Scottish Leaving Certificate Examination, 1956
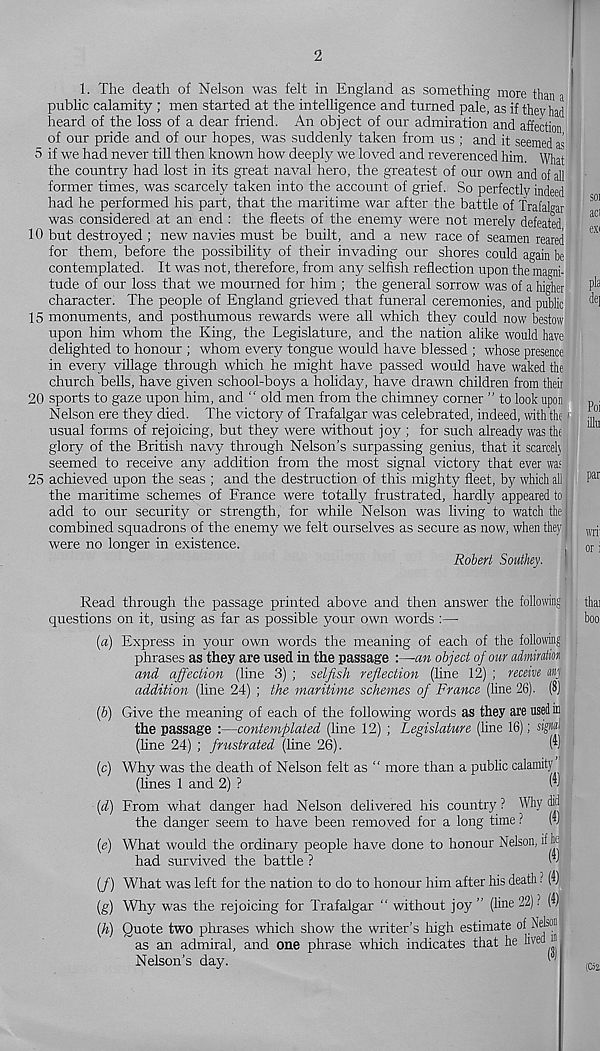
2
1. The death of Nelson was felt in England as something more than a
public calamity ; men started at the intelligence and turned pale, as if they had
heard of the loss of a dear friend. An object of our admiration and affection
of our pride and of our hopes, was suddenly taken from us ; and it seemed as
5 if we had never till then known how deeply we loved and reverenced him. What
the country had lost in its great naval hero, the greatest of our own and of all
former times, was scarcely taken into the account of grief. So perfectly indeed
had he performed his part, that the maritime war after the battle of Trafalgar
was considered at an end : the fleets of the enemy were not merely defeated
10 but destroyed ; new navies must be built, and a new race of seamen reared
for them, before the possibility of their invading our shores could again be
contemplated. It was not, therefore, from any selfish reflection upon the magni-
tude of our loss that we mourned for him ; the general sorrow was of a higher
character. The people of England grieved that funeral ceremonies, and public
15 monuments, and posthumous rewards were all which they could now bestow
upon him whom the King, the Legislature, and the nation alike would have
delighted to honour ; whom every tongue would have blessed ; whose presence
in every village through which he might have passed would have waked the
church bells, have given school-boys a holiday, have drawn children from their
20 sports to gaze upon him, and " old men from the chimney corner ” to look upon
Nelson ere they died. The victory of Trafalgar was celebrated, indeed, with the 1
usual forms of rejoicing, but they were without joy ; for such already was the
glory of the British navy through Nelson’s surpassing genius, that it scarce!}
seemed to receive any addition from the most signal victory that ever was
25 achieved upon the seas ; and the destruction of this mighty fleet, by which all
the maritime schemes of France were totally frustrated, hardly appeared to
add to our security or strength, for while Nelson was living to watch the
combined squadrons of the enemy we felt ourselves as secure as now, when they
were no longer in existence.
Robert Southey.
Read through the passage printed above and then answer the following
questions on it, using as far as possible your own words :—
[а) Express in your own words the meaning of each of the following
phrases as they are used in the passage :—an object of our admiration
and affection (line 3) ; selfish reflection (line 12) ; receive any
addition (line 24) ; the maritime schemes of France (line 26). (8)
(б) Give the meaning of each of the following words as they are used m
the passage :—contemplated (line 12) ; Legislature (line 16); signal
(fine 24) ; frustrated (line 26).
W
(c) Why was the death of Nelson felt as “ more than a public calamity
(fines 1 and 2) ?
(-
(d) From what danger had Nelson delivered his country ? Why id
the danger seem to have been removed for a long time ?
(v
(e) What would the ordinary people have done to honour Nelson, if h
had survived the battle ?
w
(/) What was left for the nation to do to honour him after his death ? (1)
(g) Why was the rejoicing for Trafalgar “ without joy ” (line 22) ? (d)
(h) Quote two phrases which show the writer’s high estimate of Nehon
as an admiral, and one phrase which indicates that he lived n
Nelson’s day.
''